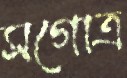
সগোত্র